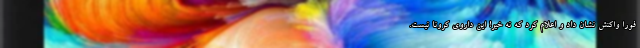
فوراً واکنش نشان داد و اعلام کرد که نه خیر! این داروی کرونا نیست.